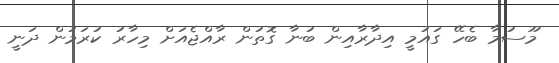
މޫސުމާ ބެހޭ ގައުމީ އިދާރާއިން ބުނާ ގޮތުން ރާއްޖެއަށް މިހާރު ކުރަމުން ދަނީ